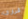
قرارى